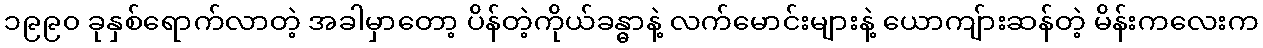
၁၉၉၀ ခုနှစ်ရောက်လာတဲ့ အခါမှာတော့ ပိန်တဲ့ကိုယ်ခန္ဓာနဲ့ လက်မောင်းများနဲ့ ယောကျ်ားဆန်တဲ့ မိန်းကလေးက